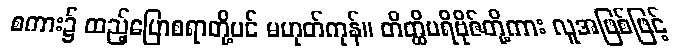
စကား၌ ထည့်ပြောစရာတို့ပင် မဟုတ်ကုန်။ တိတ္ထိပရိဗိုဇ်တို့ကား လူအဖြစ်ဖြင့်